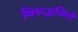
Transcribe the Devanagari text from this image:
विरूद्धलिंगी